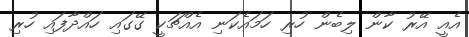
އެއީ އޭރު ކާން ލިބެން ހުރި ހަމައެކަނި އެއްޗަކީ ގޭގައި ހައްދާފައި ހުރި